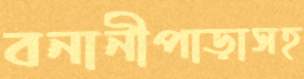
বনানীপাড়াসহ